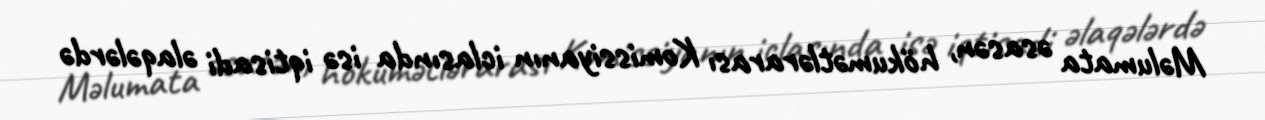
Məlumata əsasən, hökumətlərarası Komissiyanın iclasında isə iqtisadi əlaqələrdə